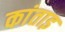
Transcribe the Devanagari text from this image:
कांताइ